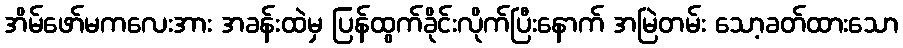
အိမ်ဖော်မကလေးအား အခန်းထဲမှ ပြန်ထွက်ခိုင်းလိုက်ပြီးနောက် အမြဲတမ်း သော့ခတ်ထားသော